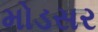
મોડસર